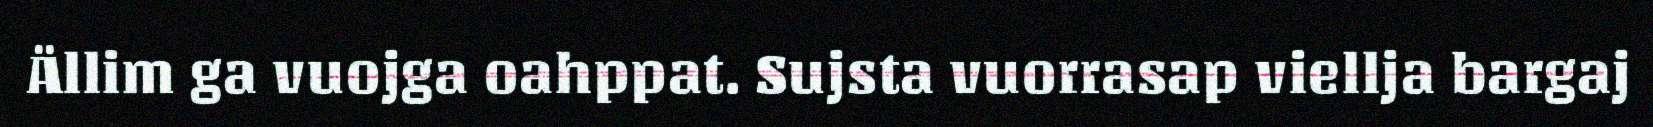
Ällim ga vuojga oahppat. Sujsta vuorrasap viellja bargaj